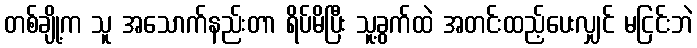
တစ်ချို့က သူ အသောက်နည်းတာ ရိပ်မိပြီး သူ့ခွက်ထဲ အတင်းထည့်ပေးလျှင် မငြင်းဘဲ